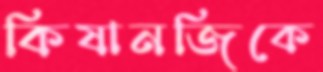
কিষানজিকে